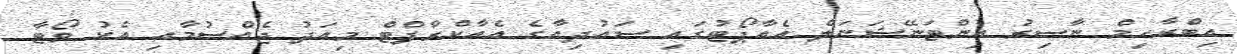
އިބްރާހިމް ނާސިރު އިންޓަނޭޝަނަލް އެއާޕޯޓުގައި ސައުދިއާގެ އެއާކްރާފްޓް މިއަދު ޖެއްސުމާއި އެކު ވޯޓާ